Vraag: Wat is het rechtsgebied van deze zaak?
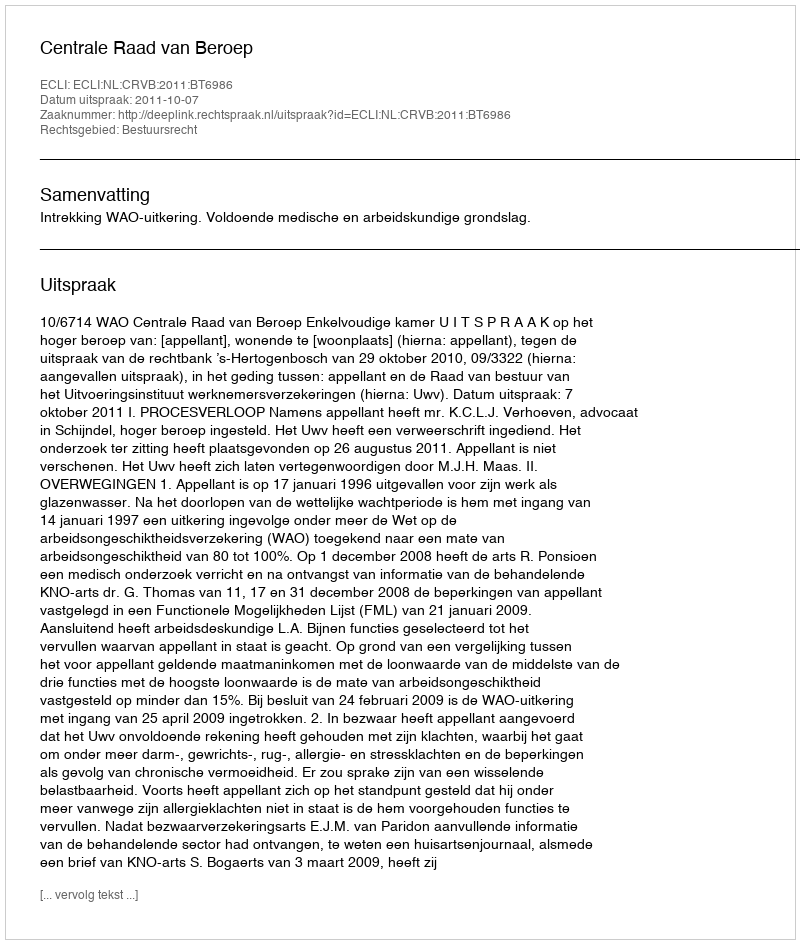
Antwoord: Bestuursrecht